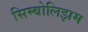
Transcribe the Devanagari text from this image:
सिम्बोलिझम